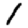
Digit: 1